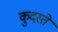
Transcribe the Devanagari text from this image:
कुदरते